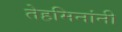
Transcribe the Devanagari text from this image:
तेहमिनांनी